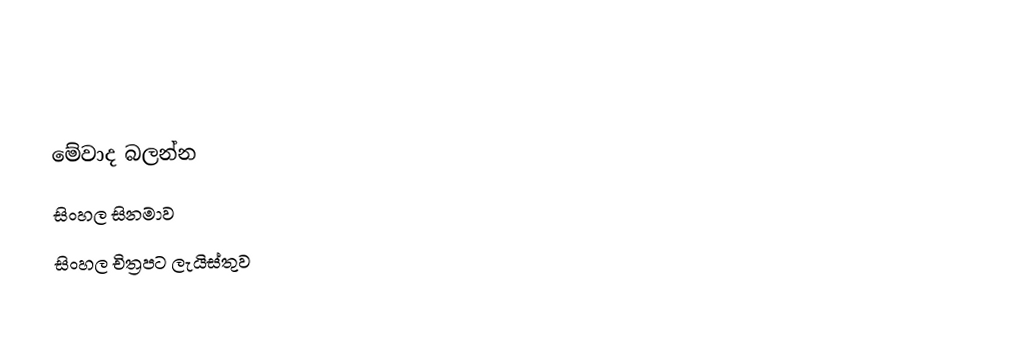

මේවාද බලන්න
 සිංහල සිනමාව
 සිංහල චිත්‍රපට ලැයිස්තුව